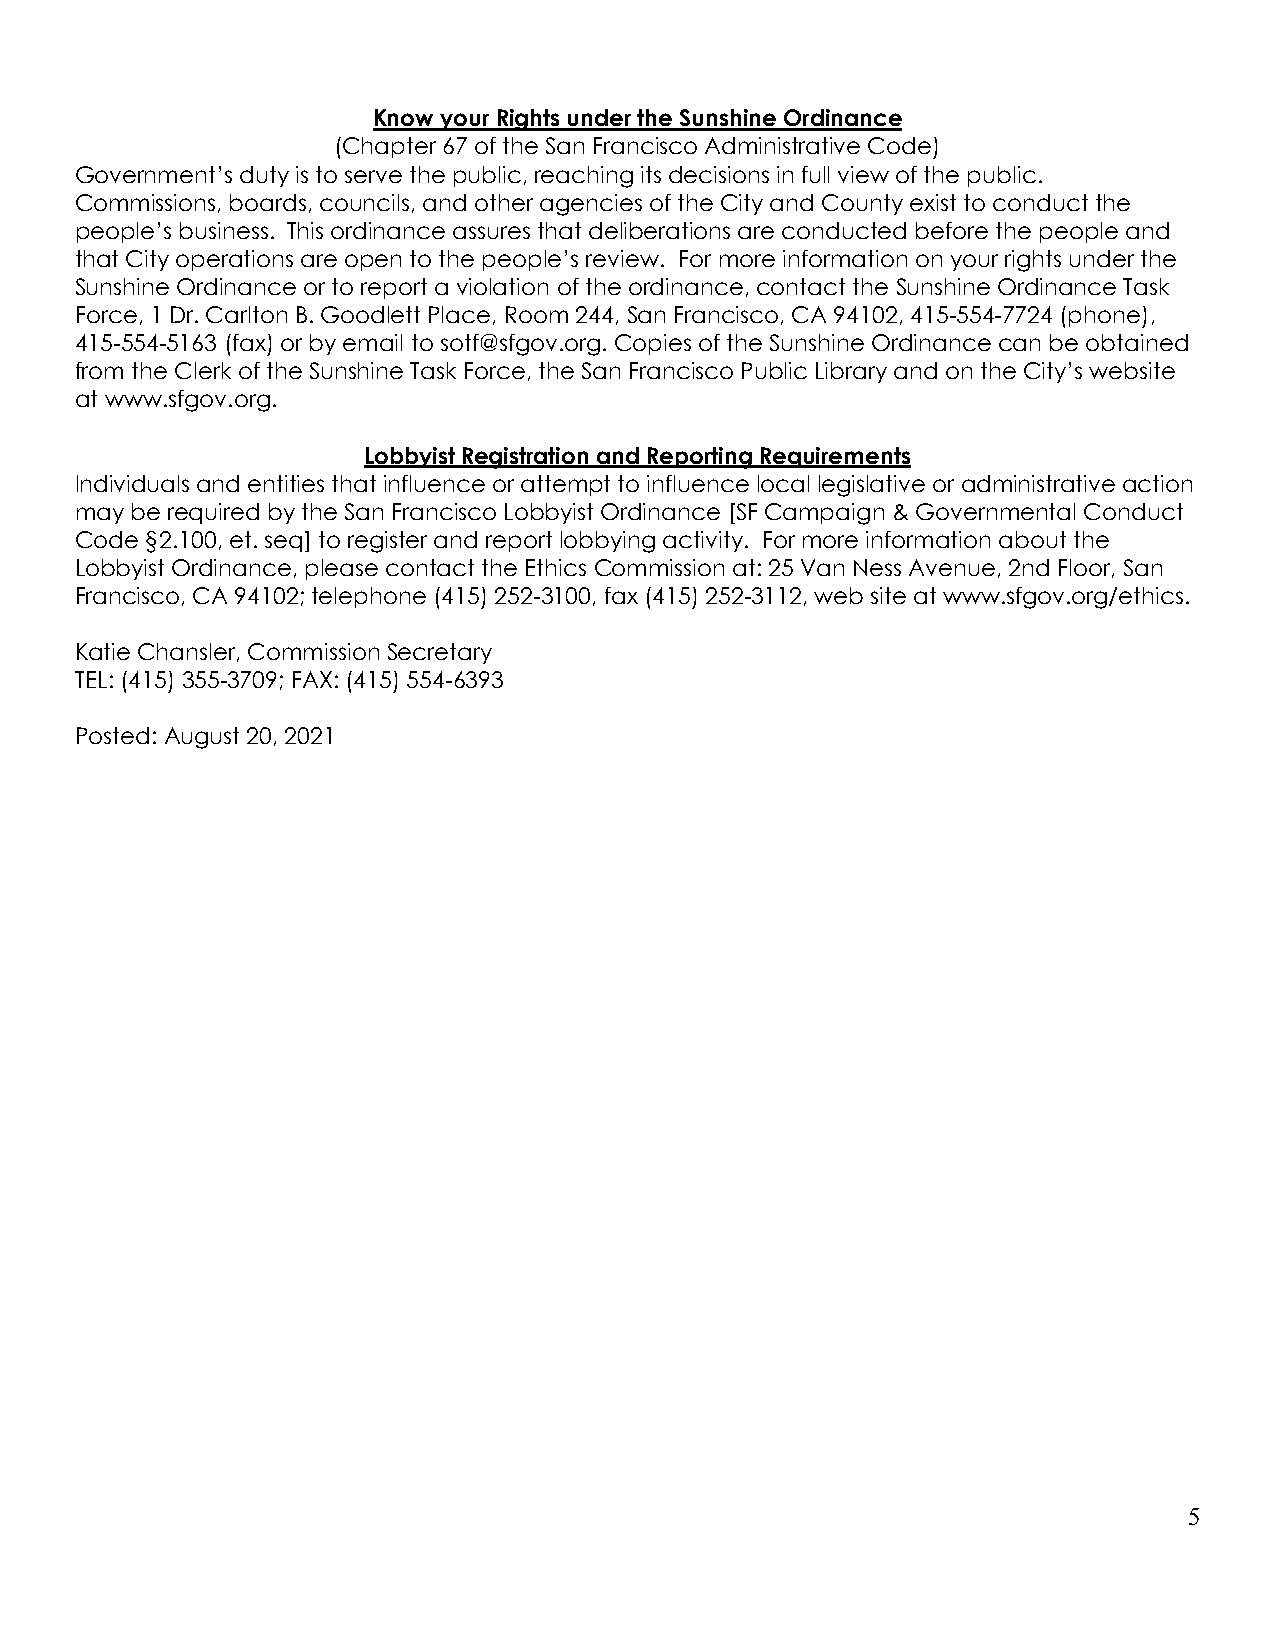
Know your Rights under the Sunshine Ordinance
 (Chapter 67 of the San Francisco Administrative Code)
 Government’s duty is to serve the public, reaching its decisions in full view of the public.
 Commissions, boards, councils, and other agencies of the City and County exist to conduct the
 people’s business. This ordinance assures that deliberations are conducted before the people and
 that City operations are open to the people’s review. For more information on your rights under the
 Sunshine Ordinance or to report a violation of the ordinance, contact the Sunshine Ordinance Task
 Force, 1 Dr. Carlton B. Goodlett Place, Room 244, San Francisco, CA 94102, 415-554-7724 (phone),
 415-554-5163 (fax) or by email to sotf@sfgov.org. Copies of the Sunshine Ordinance can be obtained
 from the Clerk of the Sunshine Task Force, the San Francisco Public Library and on the City’s website
 at www.sfgov.org.
 Lobbyist Registration and Reporting Requirements
 Individuals and entities that influence or attempt to influence local legislative or administrative action
 may be required by the San Francisco Lobbyist Ordinance [SF Campaign & Governmental Conduct
 Code §2.100, et. seq] to register and report lobbying activity. For more information about the
 Lobbyist Ordinance, please contact the Ethics Commission at: 25 Van Ness Avenue, 2nd Floor, San
 Francisco, CA 94102; telephone (415) 252-3100, fax (415) 252-3112, web site at www.sfgov.org/ethics.
 Katie Chansler, Commission Secretary
 TEL: (415) 355-3709; FAX: (415) 554-6393
 Posted: August 20, 2021
 5